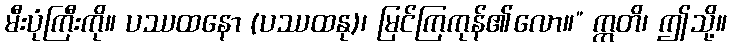
မီးပုံကြီးကို။ ပဿထနော (ပဿထနု)၊ မြင်ကြကုန်၏လော။” ဣတိ၊ ဤသို့။